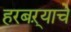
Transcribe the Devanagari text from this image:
हरबऱ्याचे